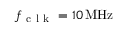
f _ { \mathrm { ~ c ~ l ~ k ~ } } = 1 0 { } \, \mathrm { M H z }